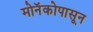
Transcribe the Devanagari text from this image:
मोनॅकोपासून